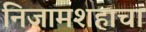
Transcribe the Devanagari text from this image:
निजामशहाचा